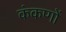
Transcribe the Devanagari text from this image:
कंकणों